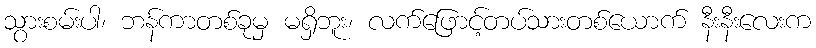
သွားစမ်းပါ၊ ဘန်ကာတစ်ခုမှ မရှိဘူး၊ လက်ဖြောင့်တပ်သားတစ်ယောက် နီးနီးလေးက